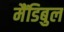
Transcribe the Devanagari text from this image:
मैंडिबुल